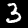
Label: 3